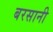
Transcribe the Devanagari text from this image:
बरसानी